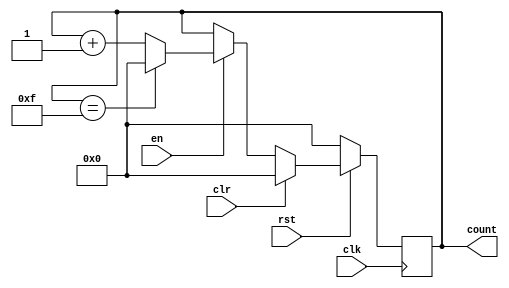
module counter9 #(parameter max_value=15) (
input clk,rst,clr,en,
output reg [3:0] count);

always @(posedge clk)
begin
if(rst==0) count <='d0;
else if(clr==1) count<='d0;
else
begin
if(en==1)
if(count==max_value) count<='d0;
else count<=count+1;
else count<=count;
end
end
endmodule